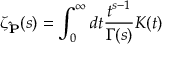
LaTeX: \zeta _ { \bf { \hat { P } } } ( s ) = \int _ { 0 } ^ { \infty } d t \frac { t ^ { s - 1 } } { \Gamma ( s ) } K ( t )